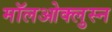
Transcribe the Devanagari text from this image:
मॉलओक्लुस्न